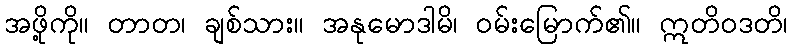
အဖို့ကို။ တာတ၊ ချစ်သား။ အနုမောဒါမိ၊ ဝမ်းမြောက်၏။ ဣတိဝဒတိ၊